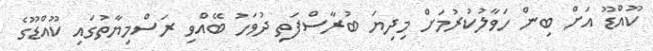
ކޫއްޑޫ އަށް ބިން ހަވާލުކުރުމަށް މިދިޔަ ބުރާސްފަތި ދުވަހު ބޭއްވި ރަސްމިޔާތުގައި ކޫއްޑޫގެ